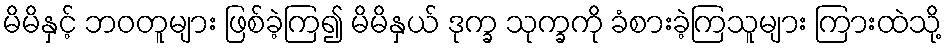
မိမိနှင့် ဘဝတူများ ဖြစ်ခဲ့ကြ၍ မိမိနှယ် ဒုက္ခ သုက္ခကို ခံစားခဲ့ကြသူများ ကြားထဲသို့